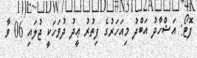
ފޮޓޯ: އަޝްހާދު އަބްދު މިއަހަރުގެ ފިތުރު ޢީދު ދުވަހަކީ ޖުލައި 06 ވާ